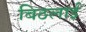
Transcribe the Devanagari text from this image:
बिठलाईं